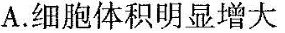
A.细胞体积明显增大